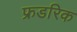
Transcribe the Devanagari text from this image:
फ्रडरिक